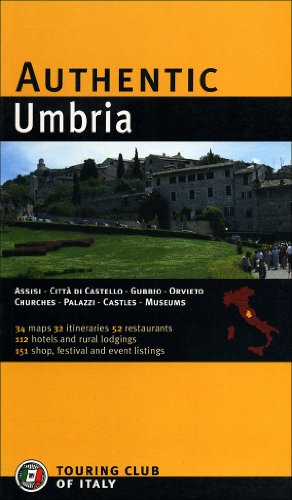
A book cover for Authentic Umbria: Perugia - Assisi - Gubbio - Spoleto - Todi - Orvieto - Trasimeno Lake (Authentic Italy); Touring Club of Italy; Travel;